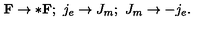
{ \bf F } \rightarrow * { \bf F } ; \ j _ { e } \rightarrow J _ { m } ; \ J _ { m } \rightarrow - j _ { e } .